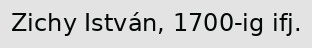
Zichy István, 1700-ig ifj.